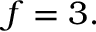
f = 3 .